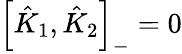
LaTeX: \left[\hat{K}_{1},\hat{K}_{2}\right]_{-}=0